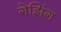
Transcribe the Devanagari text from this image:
गेझिंग